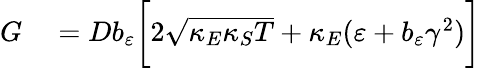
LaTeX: \begin{array}{rl}{G}&{{}=Db_{\varepsilon}\bigg[2\sqrt{\kappa_{E}\kappa_{S}T}+\kappa_{E}(\varepsilon+b_{\varepsilon}\gamma^{2})\bigg]}\end{array}